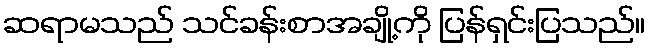
ဆရာမသည် သင်ခန်းစာအချို့ကို ပြန်ရှင်းပြသည်။